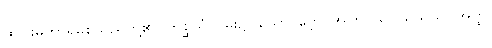
ထိုငါးမကာရမစသည်တို့၏။ ကုစ္ဆိယံ၊ ဝမ်း၌။ ယောဂဗ္ဘော၊ အကြင်သူငယ်သည်။ အတ္ထိ၊